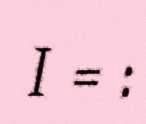
I = :